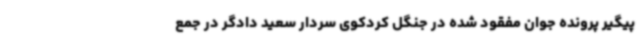
پیگیر پرونده جوان مفقود شده در جنگل کردکوی سردار سعید دادگر در جمع